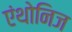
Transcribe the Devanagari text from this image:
एंथोनिज